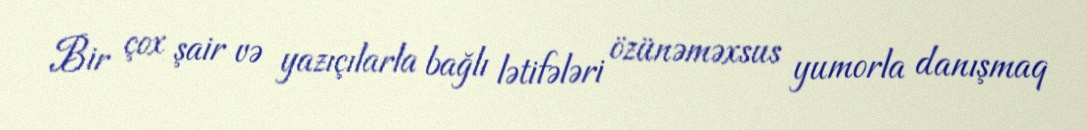
Bir çox şair və yazıçılarla bağlı lətifələri özünəməxsus yumorla danışmaq